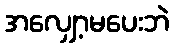
အလျှော့မပေးဘဲ